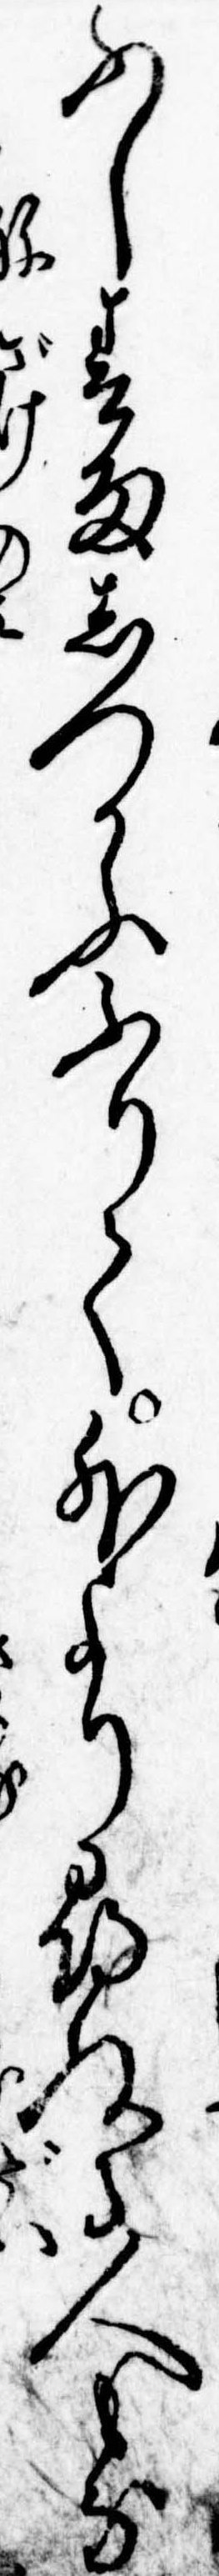
ふし春雨しつかふふりて外より尋ぬる人もな